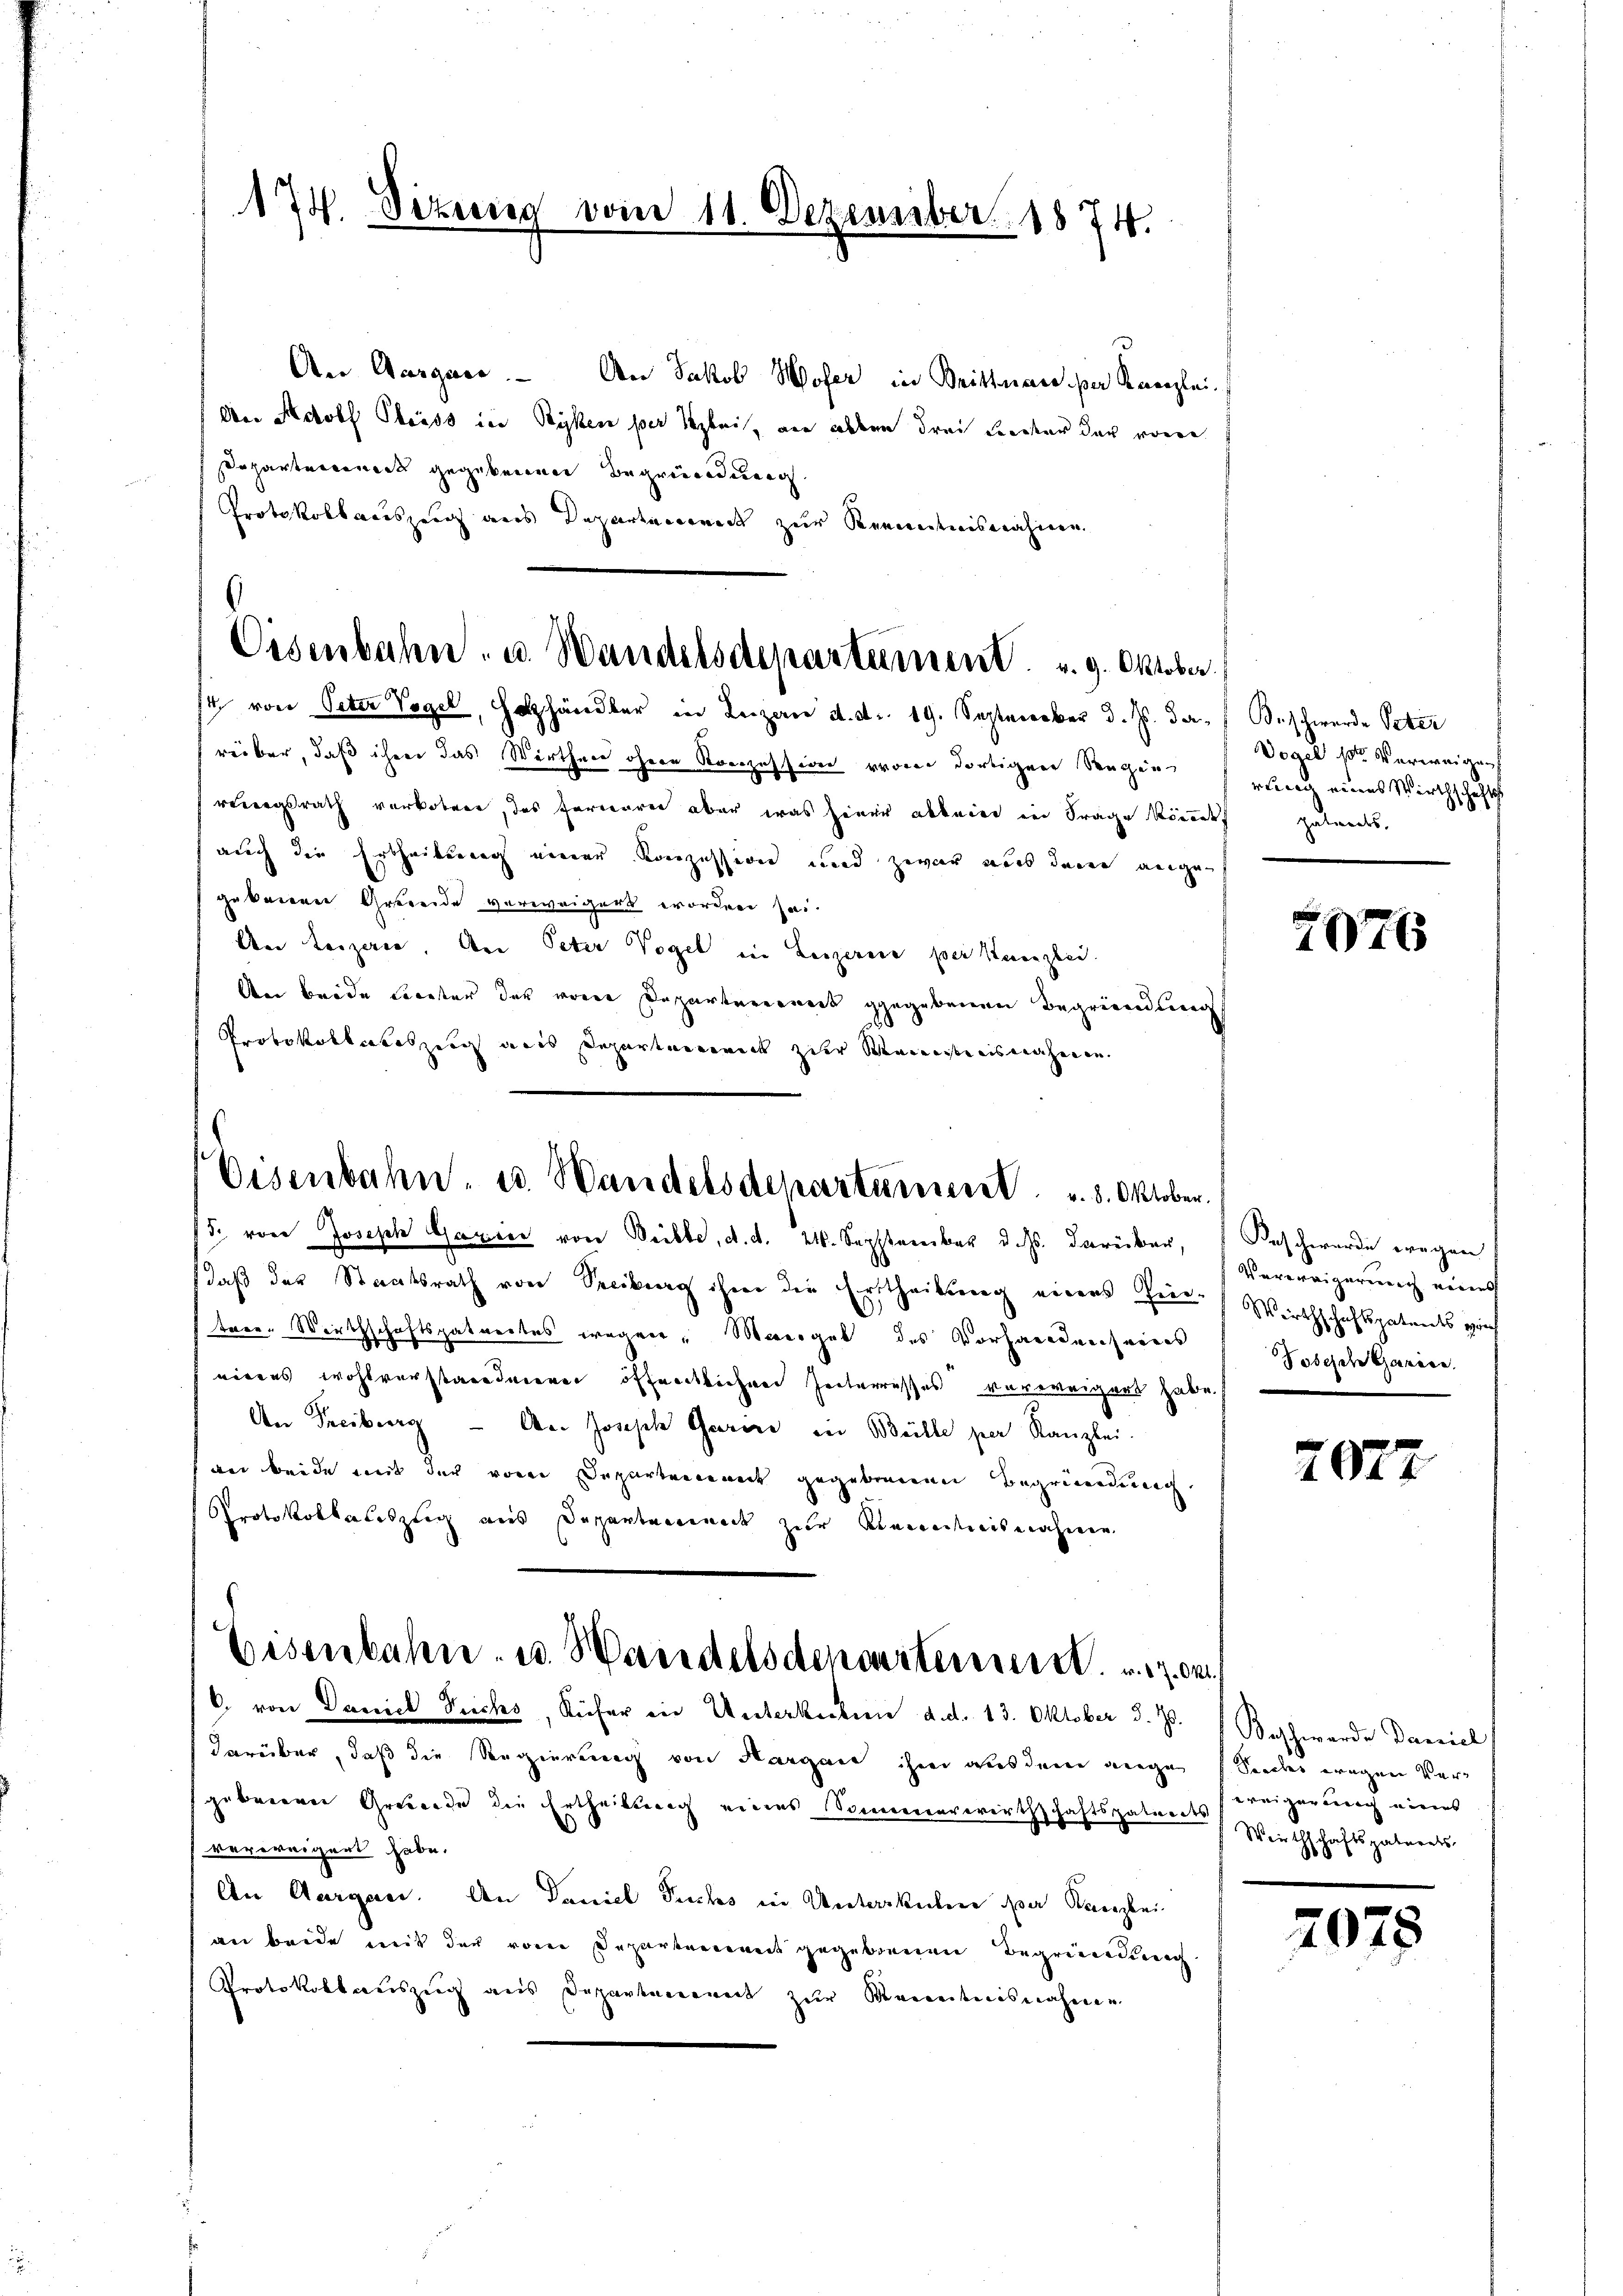
174. Sizung vom 11. Dezember 1874.

An Aargace. — An Jakob Wofer in Brittnau per Kanzlei.
An Adolf Pfeiss in Ryken per Arbei, die allen drei Leiter der vorge
Departement gegebenenen Begründung
Protokollacuszeug aus Departaneneck zur Kenntnisnahmen.

Eisenbahn. u. Wandelsdepartement. u. 9. Oktober

se von Peter Vogel, Holzhändler in Luzen d. d. 19. September d. Js. das Beschwerde Peter
reiber, daß ihrer das Wirthen ohnen Konzession von dortigen Neugen
riegsrath vorkotten, das Ferneren aber was hiner abbenen in Frage können getrents.
auch die Ertheilung einer Konzession und zwar aus denen angen
gebenen Getreide verweigert worden sei.
An Leigen. An Peter Vogel in Leizerine per Kanzlei.
An beide Liester der von Departarneck gegebenen Begründung
Protokollates zeig aus Departemenick zur Seinistensnahmen.

Eisenbahn, u. Handelsdepartariiert u. 8. Oktober.
J. von Joseph Gazeer von Weible, d. d. 21. September d. Js. darüber,

daß der Staatsrath von Secitrag ihm die Ertheilung eines in Wirthschaftspatentsprich
tare. Wirthschaftspataedtes wegen. Maergut des Vorhandenserers
nirens wohlverstanderen öffentlichen Zeiterresses verweigert habe.
An Freiburg - An Joseph Garine in Bülle per Kanzlei.
der beide mit der von Departenannt gegebenenen Begründung.
Protokollaciszug aus Departement zur Kenntnisnahmen

Eisenbahn. u. Wandels deposterner . . .

6. von Daniel Teichs, Küfer in Unterkulien d. d. 13. Oktober d. Js. Beschwerde Darnich
darüber, daß die Regierung von Hargau ihm aus dem eige Seeder wegen Vergebrieren Grunde die Ertheilung eines Sonnenenverirthschaftspatendes
verweigert habe.
An Aargau. An Daniel Puchs in Unterkulen par Kanzlei
an beide mit der vom Departanereit gegebenen Begründung
Protokollauszeug aus Departagerneck zur Kenntnisnahmen

Vogel ster Verweigen
rung eines Wirthschafts

2076

Beschwerde wegen
Verweigerung eines
Sobesche Genice.

7077.

ereigerung eines
Wirthschaftspaterats

2078